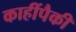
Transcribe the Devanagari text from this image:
काहींपैकी